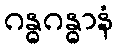
ဂန္ဓဂန္ဓာနံ